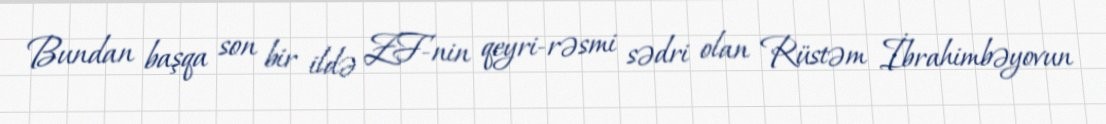
Bundan başqa son bir ildə ZF-nin qeyri-rəsmi sədri olan Rüstəm İbrahimbəyovun